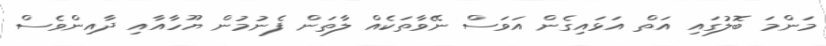
މަންމަ ބޮލުގައި އަތް އަޅައިގެން އަވަސް ނޭވާތަކެއް ލާތަން ފެނުމުން ޔޫހާއާއި ދާއިންވެސް